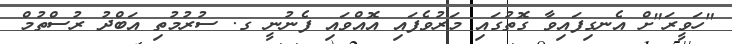
"ހަވީރަ"ށް އެނގިފައިވާ ގޮތުގައި މަރުވެފައި އޮއްވައި ފެނުނީ ގ. ސުރުމުތި އަބްދު ރުސްތުމް